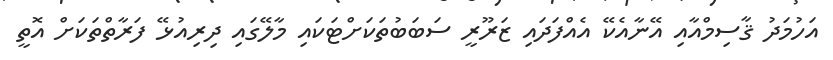
އަހުމަދު ޤާސިމްއާއި އޭނާއެކޭ އެއްފަދައި ޒަރޫރީ ސަބަބުތަކަށްޓަކައި މާލޭގައި ދިރިއުޅޭ ފަރާތްތަކަށް އޮތީ